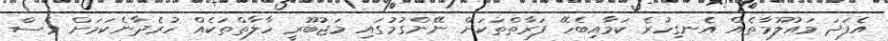
އެފަދަ މައުލޫމާތެއް އެނގިހުރެ ކަމާއިބެހޭ ފަރާތްތަކަށް ނޭންގުމުގައި މަޖުބޫރީ ހާލާތްތަކެއް ހުރެދާނެކަމަށް ވެސް